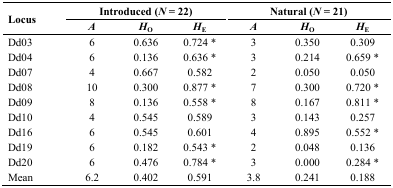
| <ROWSPAN=3> Locus | <COLSPAN=3> Introduced (N = 22) | <COLSPAN=3> Natural (N = 21) |
 | A | HO | HE | A | HO | HE |
 | --- | --- | --- | --- | --- | --- | --- |
 | Dd03 | 6 | 0.636 | 0.724* | 3 | 0.350 | 0.309 |
 | Dd04 | 6 | 0.136 | 0.636* | 3 | 0.214 | 0.659* |
 | Dd07 | 4 | 0.667 | 0.582 | 2 | 0.050 | 0.050 |
 | Dd08 | 10 | 0.300 | 0.877* | 7 | 0.300 | 0.720* |
 | Dd09 | 8 | 0.136 | 0.558* | 8 | 0.167 | 0.811* |
 | Dd10 | 4 | 0.545 | 0.589 | 3 | 0.143 | 0.257 |
 | Dd16 | 6 | 0.545 | 0.601 | 4 | 0.895 | 0.552* |
 | Dd19 | 6 | 0.182 | 0.543* | 2 | 0.048 | 0.136 |
 | Dd20 | 6 | 0.476 | 0.784* | 3 | 0.000 | 0.284* |
 | Mean | 6.2 | 0.402 | 0.591 | 3.8 | 0.241 | 0.188 |